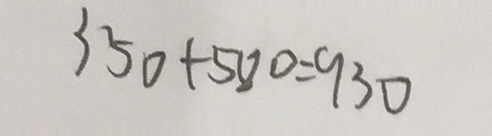
3 5 0 + 5 8 0 = 9 3 0